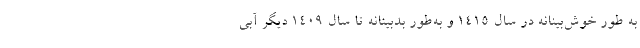
به طور خوش‌بینانه در سال ۱۴۱۵ و به‌طور بدبینانه تا سال ۱۴۰۹ دیگر آبی